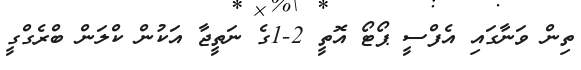
ތިން ވަނާގައި އެފްސީ ޕޯޓޯ އޮތީ 2-1ގެ ނަތީޖާ އަކުން ކްލަން ބްރެގްގީ